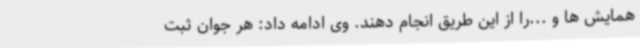
همایش ها و ...را از این طریق انجام دهند. وی ادامه داد: هر جوان ثبت